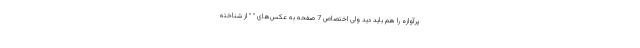
پرآوازه را هم باید دید ولی اختصاص 7 صفحه به عکس‌های " " از شناخته